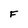
Character: F